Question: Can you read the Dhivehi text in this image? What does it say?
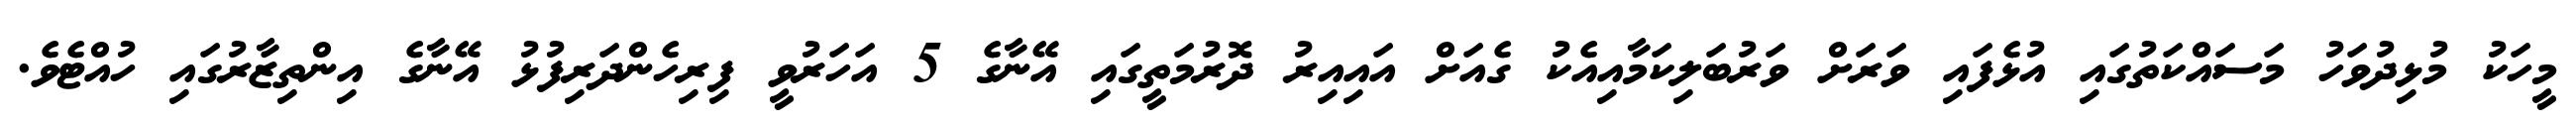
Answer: މީހަކު މުޅިދުވަހު މަސައްކަތުގައި އުޅެފައި ވަރަށް ވަރުބަލިކަމާއިއެކު ގެއަށް އައިއިރު ދޮރުމަތީގައި އޭނާގެ 5 އަހަރުވީ ފިރިހެންދަރިފުޅު އޭނާގެ އިންތިޒާރުގައި ހުއްޓެވެ.